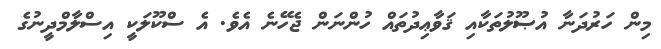
މިން ހަރުދަނާ އުޞޫލުތަކާއި ޤަވާޢިދުތައް ހުންނަން ޖެހޭނެ އެވެ. އެ ސްކޫލަކީ އިސްލާމްދީނުގެ